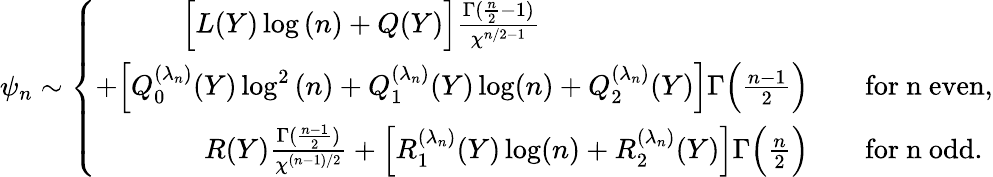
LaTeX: \psi_{n}\sim\left\{ \begin{array}{rl}{\Big[L(Y)\log{(n)}+Q(Y)\Big]\frac{\Gamma(\frac{n}{2}-1)}{\chi^{n/2-1}}\qquad\qquad~~\qquad\qquad\quad}&{}\\ {+\Big[Q_{0}^{(\lambda_{n})}(Y)\log^{2}{(n)}+Q_{1}^{(\lambda_{n})}(Y)\log(n)+Q_{2}^{(\lambda_{n})}(Y)\Big]\Gamma\Big(\frac{n-1}{2}\Big)}&{\quad\mathrm{for~n~even},}\\ {R(Y)\frac{\Gamma(\frac{n-1}{2})}{\chi^{(n-1)/2}}+\Big[R_{1}^{(\lambda_{n})}(Y)\log(n)+R_{2}^{(\lambda_{n})}(Y)\Big]\Gamma\Big(\frac{n}{2}\Big)}&{\quad\mathrm{for~n~odd}.}\end{array}\right.